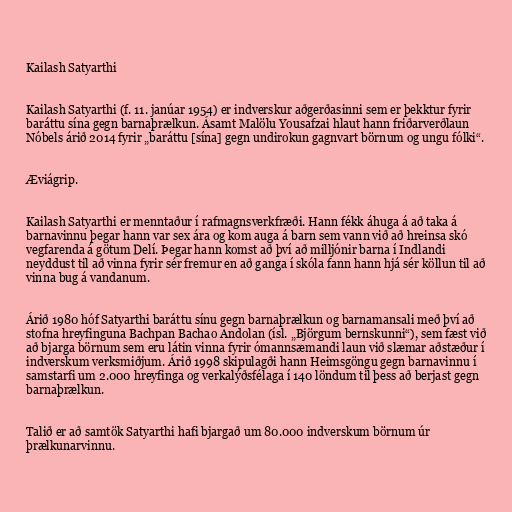
Kailash Satyarthi

Kailash Satyarthi (f. 11. janúar 1954) er indverskur aðgerðasinni sem er þekktur fyrir
baráttu sína gegn barnaþrælkun. Ásamt Malölu Yousafzai hlaut hann friðarverðlaun
Nóbels árið 2014 fyrir „bar­áttu [sína] gegn und­irok­un gagn­vart börn­um og ungu fólki“.

Æviágrip.

Kailash Satyarthi er menntaður í rafmagnsverkfræði. Hann fékk áhuga á að taka á
barnavinnu þegar hann var sex ára og kom auga á barn sem vann við að hreinsa skó
vegfarenda á götum Delí. Þegar hann komst að því að milljónir barna í Indlandi
neyddust til að vinna fyrir sér fremur en að ganga í skóla fann hann hjá sér köllun til að
vinna bug á vandanum.

Árið 1980 hóf Satyarthi baráttu sínu gegn barnaþrælkun og barnamansali með því að
stofna hreyfinguna Bachp­an Bachao Andol­an (ísl. „Björgum bernskunni“), sem fæst við
að bjarga börnum sem eru látin vinna fyrir ómannsæmandi laun við slæmar aðstæður í
indverskum verksmiðjum. Árið 1998 skipulagði hann Heims­göngu gegn barna­vinnu í
samstarfi um 2.000 hreyf­inga og verka­lýðsfé­laga í 140 lönd­um til þess að berjast gegn
barnaþrælkun.

Talið er að samtök Satyarthi hafi bjargað um 80.000 indverskum börnum úr
þrælkunarvinnu.